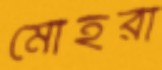
মোহরা